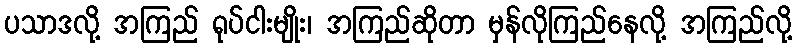
ပသာဒလို့ အကြည် ရုပ်ငါးမျိုး၊ အကြည်ဆိုတာ မှန်လိုကြည်နေလို့ အကြည်လို့